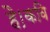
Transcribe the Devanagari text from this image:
है।कवि